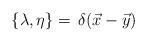
LaTeX: \begin{align*}\{ \lambda , \eta \} = \,\delta(\vec x - \vec y)\end{align*}